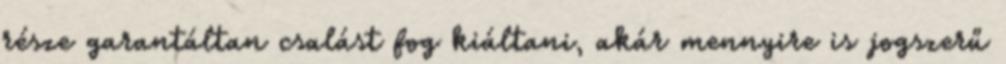
része garantáltan csalást fog kiáltani, akár mennyire is jogszerű